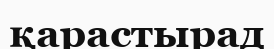
қарастырад